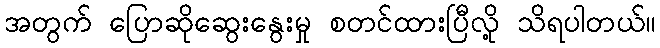
အတွက် ပြောဆိုဆွေးနွေးမှု စတင်ထားပြီလို့ သိရပါတယ်။